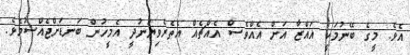
އެވެ. މީގެ ބޭނުމަކީ ޣައްޒާ އަށް އެއްވެސް އެއްޗެއް އެތެރެވިޔަނުދީ އެމީހުން ބަނޑަށްޖެއްސުމެވެ.